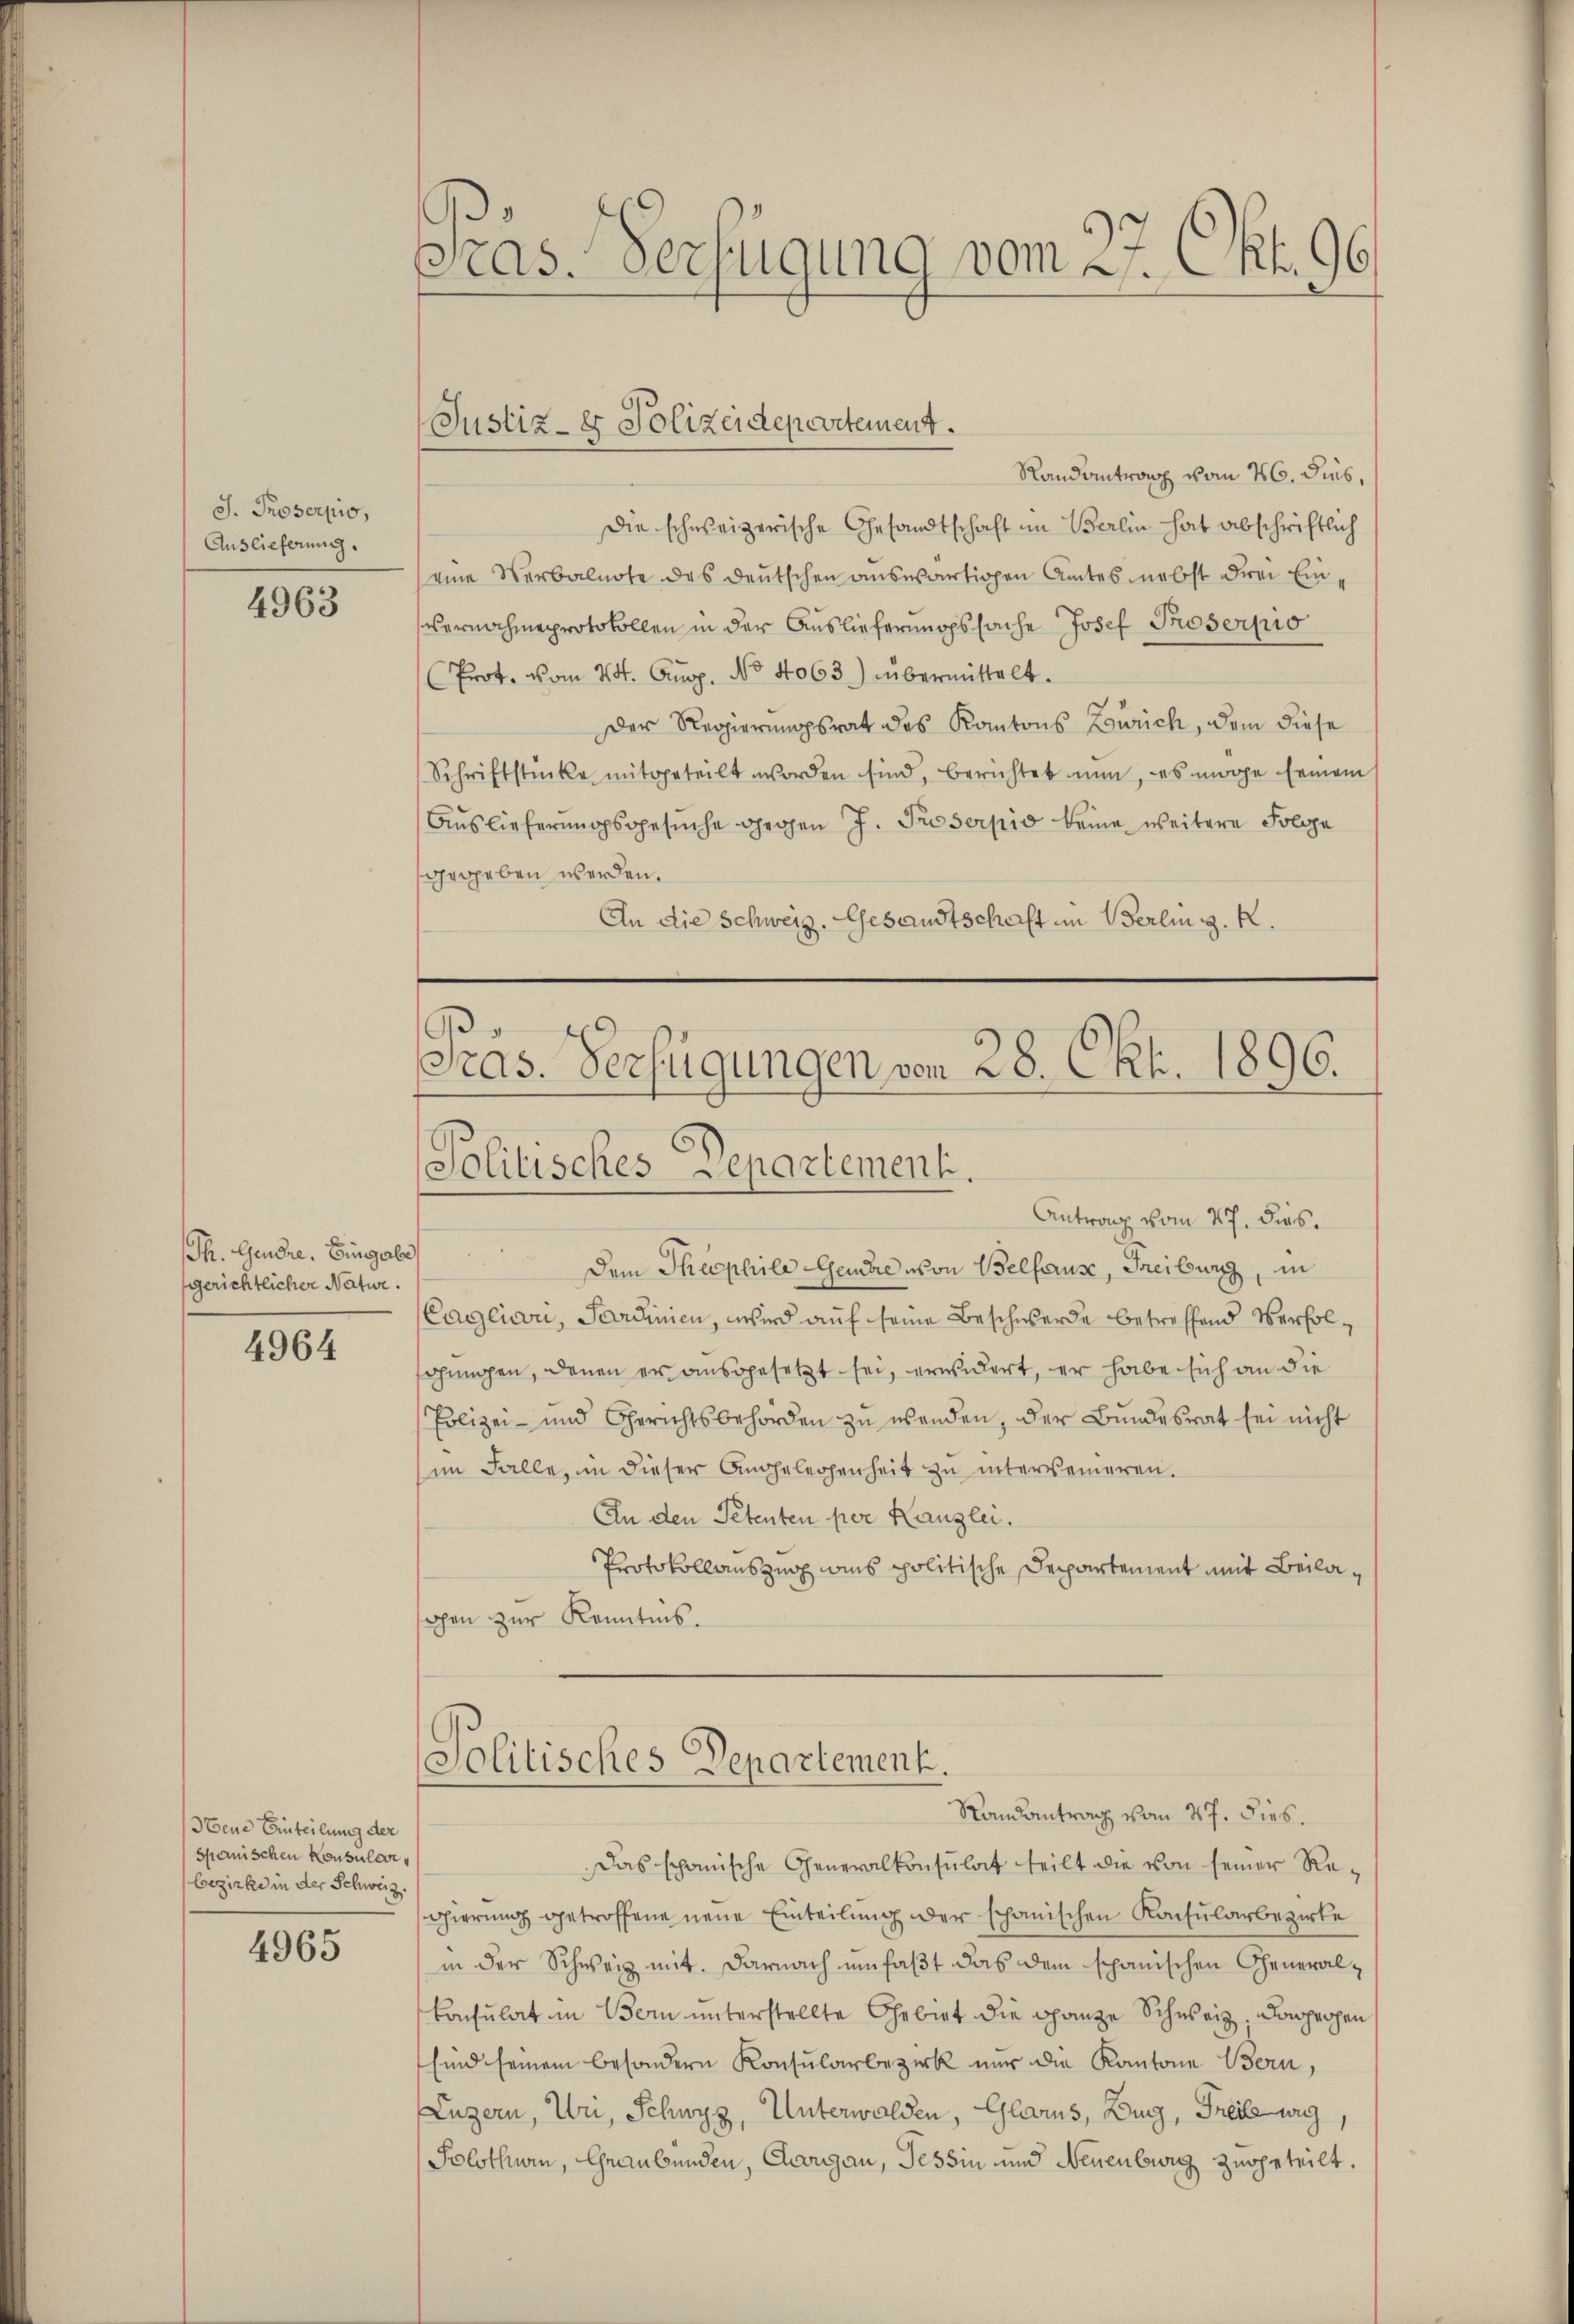
J. Proserpio,
Auslieferung.

4963

Th. Gendre. Eingabe
sgerichtlicher Natur.

4964

bene Einteilung der
spanischen Konsulevibezirke in der Schweiz

4965

as. Verfügung vom 27. Okt. 96.

Randantrag vom 26. Jus,
Die schweizerische Gesandtschaft im Berlin hat abschriftlich
(eine Verbalnote des deutschen auswärtigen Amtes nebst drei Ein¬
Vernahmeprotokollen in der Auslieferungssache Josef Proserpio
Prot. vom 24. Aug. No 4063) übermittelt.
Der Regierungsrat des Kantons Zürich, dem diese
Schriftstücke mitgeteilt worden sind, berichtet nun, es möge Eemein
Auslieferungsgesŭche gegen J. Proserpio keine weitere Folge
gegeben werden.
An die Schweiz. Gesandtschaft im Berlin z. R.

(Justiz- & Polizeidepartement.

Pras. Verfügungen von 28. Okt. 1896.
Politisches Departement.

Antrag vom 27. dies.
Dem Theophile Genere von Belforuse, Freiburg, in
Caglicani, Sardinien, wird auf seine Beschwerde betreffend Verfolschungen, denen er ausgesetzt sei, erwidert, er habe sich an die
Polizei- und Gerichtsbehörden zŭ wenden, der Bundesrat sei nicht
im Falle, in dieser Angelegenheit zu interkenneren.
An den Petenten per Kanzlei.
Protokollauszug aus politische Departement mit Beilaohen zur Kenntnis.

Politisches Departement.
Randantrag vom 27. dies.

Das spanische Generalkonsulat teilt die von seiner Regierung getroffene neue Einteilung der schanischen Konsularbezirke
in der Schweiz mit. Darnach umfaßt das dem schanischen General¬
Consulat in Bern unterstellte Gebiet die ganze Schweiz. Dapperpen
sind seinem besondern Konsularbezirk nur die Kantone Bern,
Luzern, Uri, Schwyz, Unterwalden, Glarus, Zug, Freisewig
Solothurn, Graubünden, Georgau, Tessin und Neuenburg zugeteilt